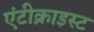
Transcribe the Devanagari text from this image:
एंटीक्राइस्ट